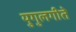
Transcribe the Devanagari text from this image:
युगुलगीते